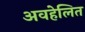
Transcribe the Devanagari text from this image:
अवहेलित